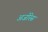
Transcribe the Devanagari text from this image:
अजोरेस